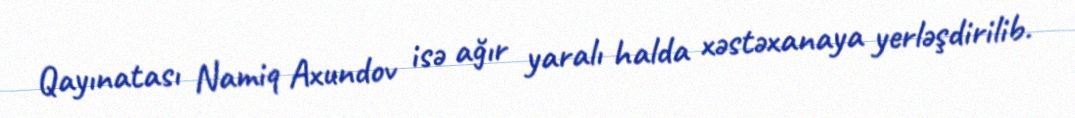
Qayınatası Namiq Axundov isə ağır yaralı halda xəstəxanaya yerləşdirilib.